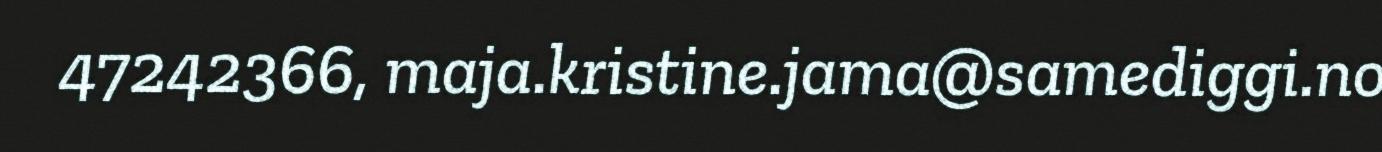
47242366, maja.kristine.jama@samediggi.no